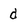
Character: d